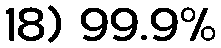
18) 99.9%